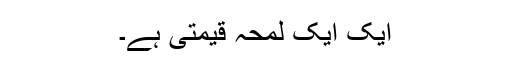
ایک ایک لمحہ قیمتی ہے۔